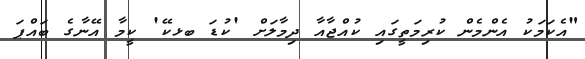
"އެކަމަކު އެންމެން ކުރިމަތީގައި ކުއްޖާއާ ދިމާލަށް 'ކުޑަ ބޅކޭ' ކީމާ އޭނާގެ ބައްޕަ